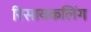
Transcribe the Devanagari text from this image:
रिसायकलिंग